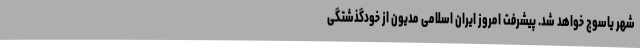
شهر یاسوج خواهد شد. پیشرفت امروز ایران اسلامی مدیون از خودگذشتگی